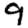
Digit: 9